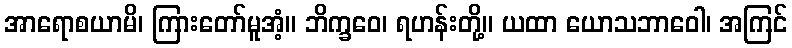
အာရောစယာမိ၊ ကြားတော်မူအံ့။ ဘိက္ခဝေ၊ ရဟန်းတို့။ ယထာ ယောသဘာဝေါ၊ အကြင်